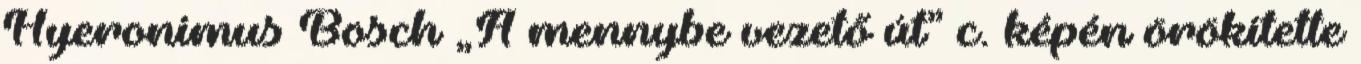
Hyeronimus Bosch „A mennybe vezető út” c. képén örökítette